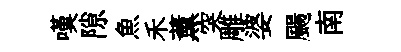
嘆隙魚禾薰突雕婆颺南